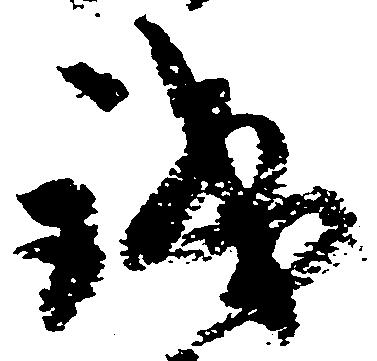
誠